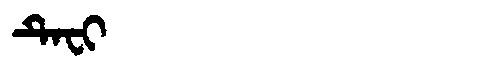
Manchu: ᡨᡝᠸᡳ
Romanization: TEFI